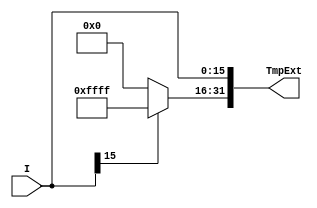
module Sign_Extend(TmpExt,I);
input [15:0]I;
output reg [31:0]TmpExt;

always@(*)
begin
	TmpExt[15:0] <= I[15:0];
	if(I[15] == 1'b0)
		TmpExt[31:16] <= 16'b0;
	else
		TmpExt[31:16] <= 16'hffff;
end
endmodule